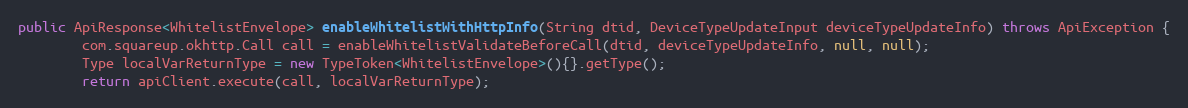
Language: Java
public ApiResponse<WhitelistEnvelope> enableWhitelistWithHttpInfo(String dtid, DeviceTypeUpdateInput deviceTypeUpdateInfo) throws ApiException {
        com.squareup.okhttp.Call call = enableWhitelistValidateBeforeCall(dtid, deviceTypeUpdateInfo, null, null);
        Type localVarReturnType = new TypeToken<WhitelistEnvelope>(){}.getType();
        return apiClient.execute(call, localVarReturnType);